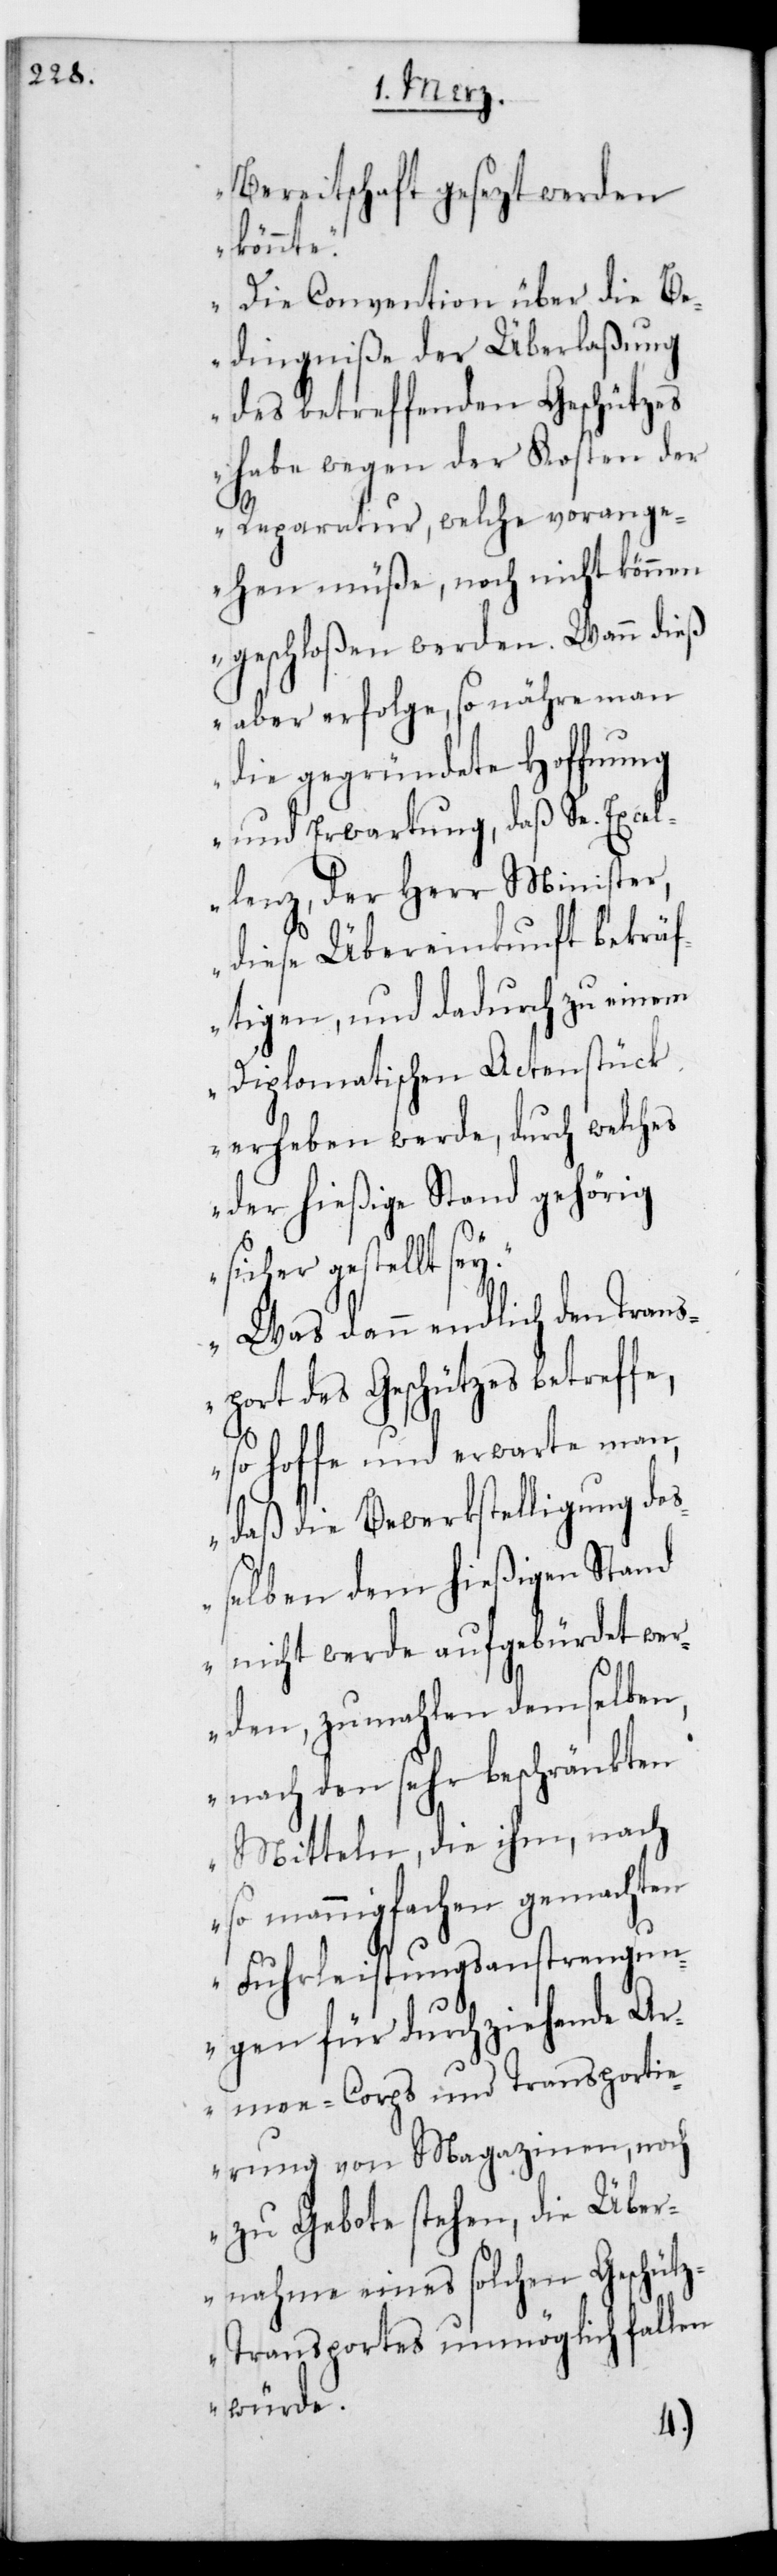
e,

Bereitschaft gesezt werden
könnte.
Die Convention über die B¬
edingniße der Überlaßung
des betreffenden Geschützes
habe wegen der Kosten der
Reparathur, welche vorange¬
hen müße, noch nicht können
geschloßen werden. Wann dieß
aber erfolge, so nähre man
die gegründete Hoffnung
und Erwartung, daß Se. Excel¬
lenz, der Herr Minister,
diese Übereinkunft bekräf¬
tigen, und dadurch zu einem
diplomatischen Actenstück
erheben werde, durch welches
der hießige Stand gehörig
sichergestellt sei.
Was dann endlich den Trans¬
port des Geschützes betreff¬
so hoffe und erwarte man,
daß die Bewerkstelligung deß¬
elben dem hießigen Stand
nicht werde aufgebürdet wer¬
den, zumahlen demselben,
nach den sehr beschränkten
Mitteln, die ihm, nach
so mannigfachen gemachten
Fuhrleistungsanstrengun¬
gen für durchziehende Ar¬
meecorps und Transporti¬
erung von Magazinen, noch
zu Gebote stehen, die Über¬
nahme eines solchen Geschütz¬
transportes unmöglich fallen
würde.